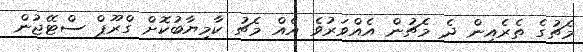
މެޗުގެ ތެރެއިން ދެ މެޗުން އެއްވަރުވެ އެއް މެޗު ކާމިޔާބުކޮށް ގްރޫޕް ސްޓޭޖުން